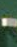
-